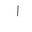
Letter: _alif